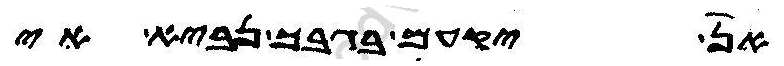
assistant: אן יקעם בגבך נביא אי